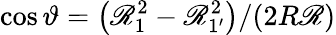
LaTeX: {\cos\vartheta=\bigl(\mathscr{R}_{1}^{2}-\mathscr{R}_{1^{\prime}}^{2}\bigr)/(2R\mathscr{R})}